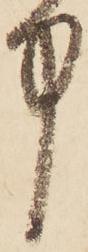
中